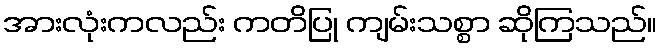
အားလုံးကလည်း ကတိပြု ကျမ်းသစ္စာ ဆိုကြသည်။